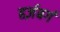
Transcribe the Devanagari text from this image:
हर्ज़बर्ग